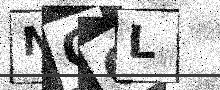
Text: NQGL